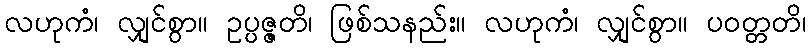
လဟုကံ၊ လျှင်စွာ။ ဥပ္ပဇ္ဇတိ၊ ဖြစ်သနည်း။ လဟုကံ၊ လျှင်စွာ။ ပဝတ္တတိ၊